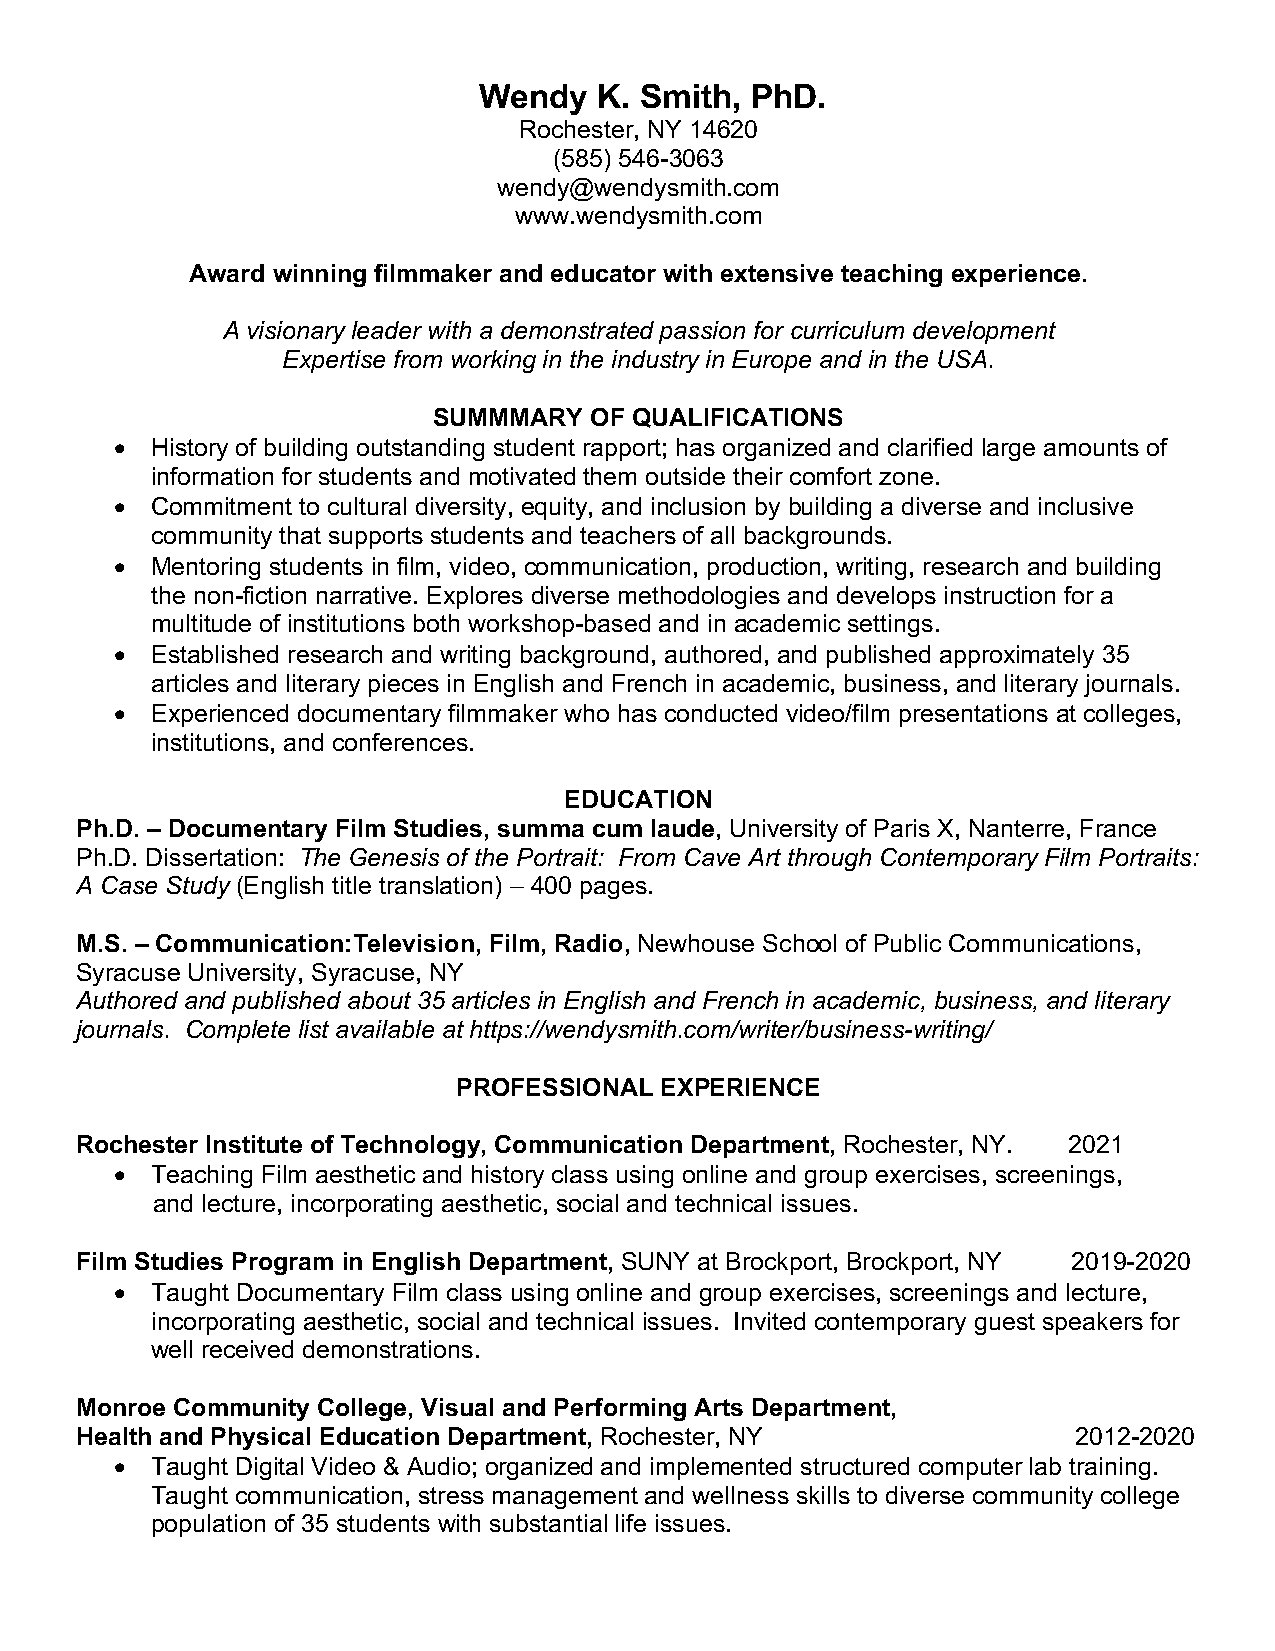
Wendy   K. Smith, PhD.
 Rochester, NY 14620
 (585) 546-3063
 wendy@wendysmith.com
 www.wendysmith.com
 Award winning filmmaker and educator with extensive teaching experience.
 A visionary leader with a demonstrated passion for curriculum development
 Expertise from working in the industry in Europe and in the USA.
 SUMMMARY  OF QUALIFICATIONS
 • History of building outstanding student rapport; has organized and clarified large amounts of
 information for students and motivated them outside their comfort zone.
 • Commitment to cultural diversity, equity, and inclusion by building a diverse and inclusive
 community that supports students and teachers of all backgrounds.
 • Mentoring students in film, video, communication, production, writing, research and building
 the non-fiction narrative. Explores diverse methodologies and develops instruction for a
 multitude of institutions both workshop-based and in academic settings.
 • Established research and writing background, authored, and published approximately 35
 articles and literary pieces in English and French in academic, business, and literary journals.
 • Experienced documentary filmmaker who has conducted video/film presentations at colleges,
 institutions, and conferences.
 EDUCATION
 Ph.D. – Documentary Film Studies, summa cum laude, University of Paris X, Nanterre, France
 Ph.D. Dissertation: The Genesis of the Portrait: From Cave Art through Contemporary Film Portraits:
 A Case Study (English title translation) – 400 pages.
 M.S. – Communication:Television, Film, Radio, Newhouse School of Public Communications,
 Syracuse University, Syracuse, NY
 Authored and published about 35 articles in English and French in academic, business, and literary
 journals. Complete list available at https://wendysmith.com/writer/business-writing/
 PROFESSIONAL  EXPERIENCE
 Rochester Institute of Technology, Communication Department, Rochester, NY. 2021
 • Teaching Film aesthetic and history class using online and group exercises, screenings,
 and lecture, incorporating aesthetic, social and technical issues.
 Film Studies Program in English Department, SUNY at Brockport, Brockport, NY 2019-2020
 • Taught Documentary Film class using online and group exercises, screenings and lecture,
 incorporating aesthetic, social and technical issues. Invited contemporary guest speakers for
 well received demonstrations.
 Monroe Community College, Visual and Performing Arts Department,
 Health and Physical Education Department, Rochester, NY           2012-2020
 • Taught Digital Video & Audio; organized and implemented structured computer lab training.
 Taught communication, stress management and wellness skills to diverse community college
 population of 35 students with substantial life issues.